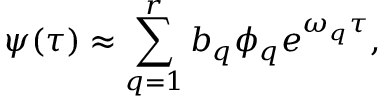
\psi ( \tau ) \approx \sum _ { q = 1 } ^ { r } b _ { q } \phi _ { q } e ^ { \omega _ { q } \tau } ,